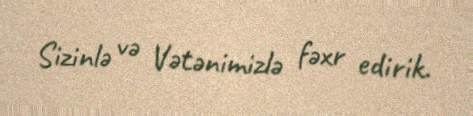
Sizinlə və Vətənimizlə fəxr edirik.